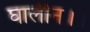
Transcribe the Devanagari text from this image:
घालीन।।